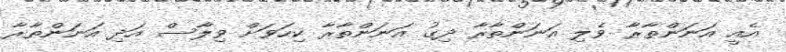
އެއީ އަނަންތާރާ ވެލި އަނަންތާރާ ދިގު އަނަންތާރާ ކިހަވަށް ވިލާސް އަދި އަނަންތާރާ